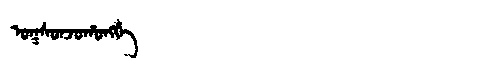
Manchu: ᠣᡴᠰᠣᠨᠵᠣᡥᠣᠩᡤᡝ
Romanization: OKSONJOHONGGE